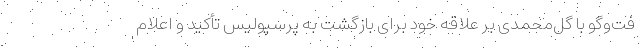
فت‌و‌گو با گل‌محمدی بر علاقه خود برای بازگشت به پرسپولیس تأکید و اعلام